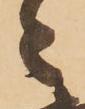
々